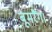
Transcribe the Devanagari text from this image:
बूमरैंग।